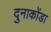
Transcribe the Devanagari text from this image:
दुनाकोंडा